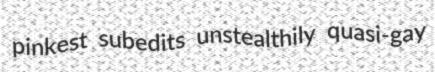
pinkest subedits unstealthily quasi-gay